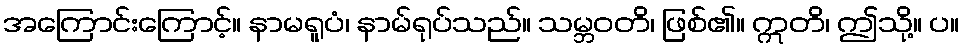
အကြောင်းကြောင့်။ နာမရူပံ၊ နာမ်ရုပ်သည်။ သမ္ဘဝတိ၊ ဖြစ်၏။ ဣတိ၊ ဤသို့။ ပ။